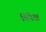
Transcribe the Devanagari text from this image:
विपेक्ष